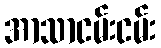
အာသာငမ်းငမ်း